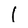
Character: 1